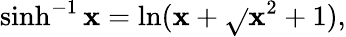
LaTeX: \sinh^{-1}{\mathbf{x}}=\ln(\mathbf{x}+{\sqrt{}{{\mathbf{x}^{2}+1}}}),